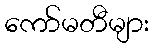
ကော်မတီများ